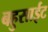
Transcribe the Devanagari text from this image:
बहुसाईट